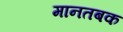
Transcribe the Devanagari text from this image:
मानतबक